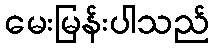
မေးမြန်းပါသည်